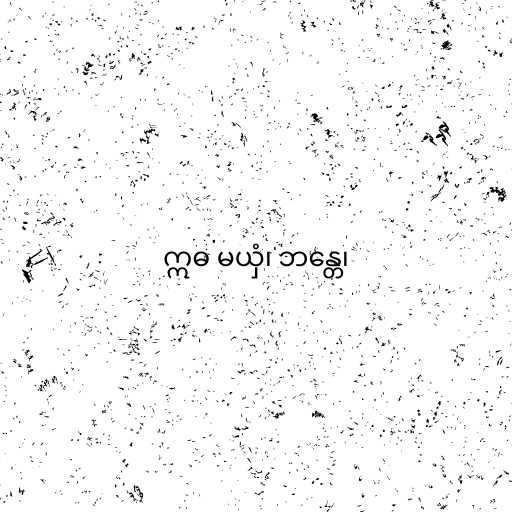
ဣဓ မယှံ၊ ဘန္တေ၊